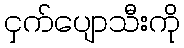
ငှက်ပျောသီးကို